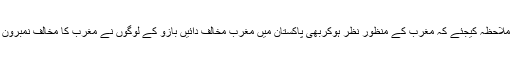
ان پر قدرت کی خاص مہربانی ملاحظہ کیجئے کہ مغرب کے منظور نظر ہوکربھیٗ پاکستان میں مغرب مخالف دائیں بازو کے لوگوں نے مغرب کا مخالف نمبرون سمجھ کر انہیں اپنا لیڈر مان لیا۔